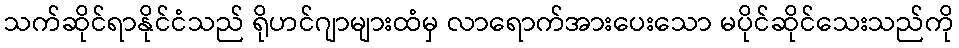
သက်ဆိုင်ရာနိုင်ငံသည် ရိုဟင်ဂျာများထံမှ လာရောက်အားပေးသော မပိုင်ဆိုင်သေးသည်ကို